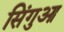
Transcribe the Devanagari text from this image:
सिंगुआ